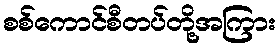
စစ်ကောင်စီတပ်တို့အကြား